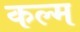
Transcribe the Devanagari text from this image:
कल्म